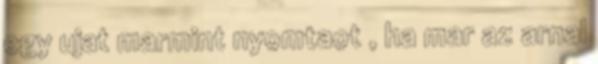
egy ujat marmint nyomtaot , ha mar az arnal